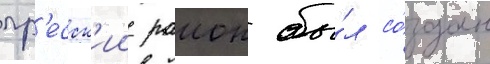
гр'есск'ии раион бы́л со́здан